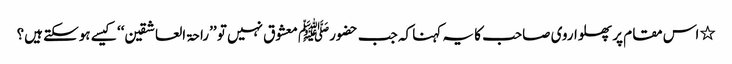
٭ اس مقام پر پھلواروی صاحب کا یہ کہنا کہ جب حضورﷺ معشوق نہیں تو ’’راحۃ العاشقین‘‘ کیسے ہوسکتے ہیں؟